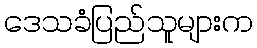
ဒေသခံပြည်သူများက